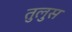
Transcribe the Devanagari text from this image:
तुलुस